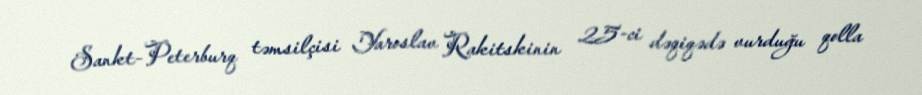
Sankt-Peterburq təmsilçisi Yaroslav Rakitskinin 25-ci dəqiqədə vurduğu qolla